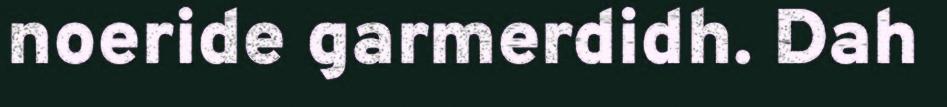
noeride garmerdidh. Dah